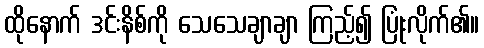
ထိုနောက် ဒင်းနိစ်ကို သေသေချာချာ ကြည့်၍ ပြုံးလိုက်၏။